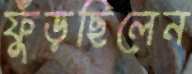
ফুঁড়ছিলেন